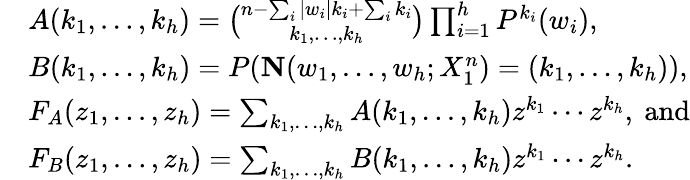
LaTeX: \begin{array}{rl}&{A(k_{1},\ldots,k_{h})=\binom{n-\sum_{i}|w_{i}|k_{i}+\sum_{i}k_{i}}{k_{1},\ldots,k_{h}}\prod_{i=1}^{h}P^{k_{i}}(w_{i}),}\\ &{B(k_{1},\ldots,k_{h})=P({\mathbf{N}}(w_{1},\ldots,w_{h};X_{1}^{n})=(k_{1},\ldots,k_{h})),}\\ &{F_{A}(z_{1},\ldots,z_{h})=\sum_{k_{1},\ldots,k_{h}}A(k_{1},\ldots,k_{h})z^{k_{1}}\cdots z^{k_{h}},\mathrm{~and}}\\ &{F_{B}(z_{1},\ldots,z_{h})=\sum_{k_{1},\ldots,k_{h}}B(k_{1},\ldots,k_{h})z^{k_{1}}\cdots z^{k_{h}}.}\end{array}